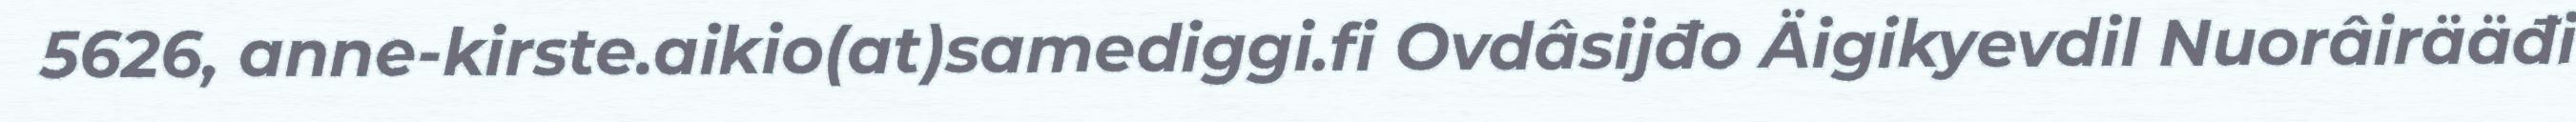
5626, anne-kirste.aikio(at)samediggi.fi Ovdâsijđo Äigikyevdil Nuorâirääđi